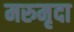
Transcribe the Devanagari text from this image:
मरुमृदा